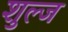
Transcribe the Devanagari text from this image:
शुल्ज